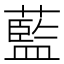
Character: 藍